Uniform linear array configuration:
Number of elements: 8
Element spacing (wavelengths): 0.25
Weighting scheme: kaiser
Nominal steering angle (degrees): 60
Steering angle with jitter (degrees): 59.826
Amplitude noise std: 0.05
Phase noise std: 0.05

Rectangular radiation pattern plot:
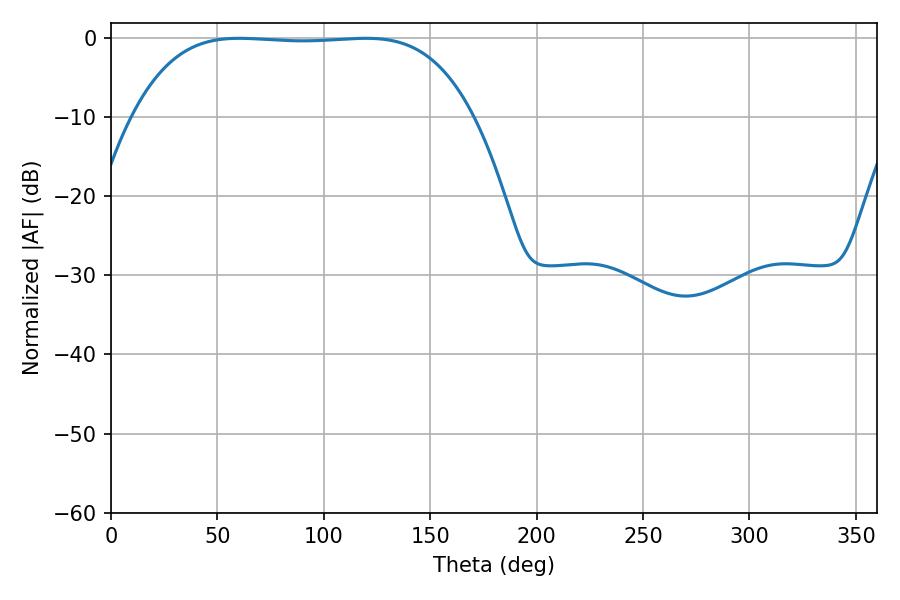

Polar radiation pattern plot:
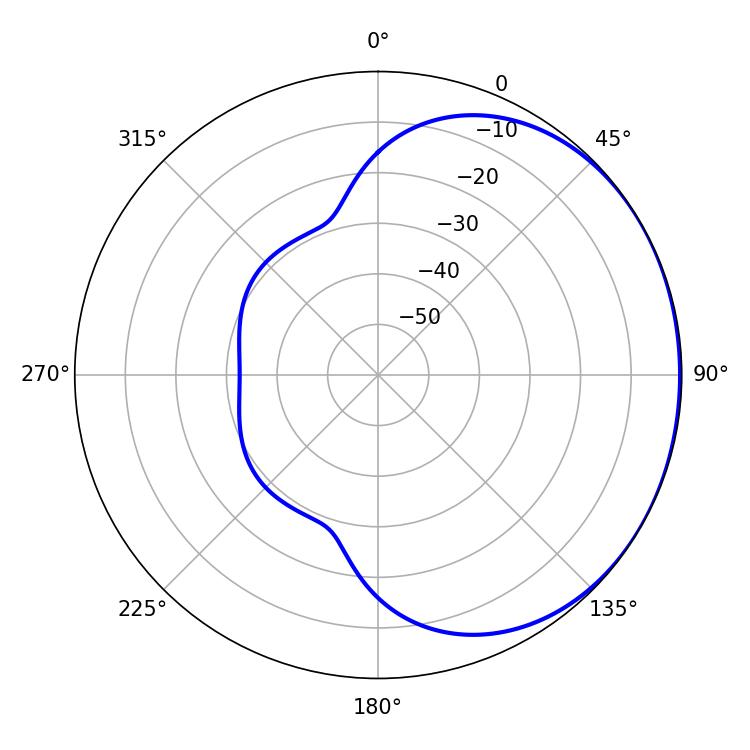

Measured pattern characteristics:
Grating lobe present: FALSE
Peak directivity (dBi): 0.7501
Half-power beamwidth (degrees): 123.84
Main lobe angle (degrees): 60.3